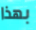
بهذا